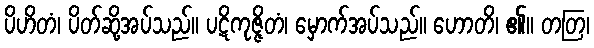
ပိဟိတံ၊ ပိတ်ဆို့အပ်သည်။ ပဋိကုဇ္ဇိတံ၊ မှောက်အပ်သည်။ ဟောတိ၊ ၏။ တတြ၊